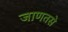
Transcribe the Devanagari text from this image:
जाणतसे